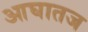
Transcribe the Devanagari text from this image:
आघातज